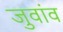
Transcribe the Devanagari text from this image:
जुवांव